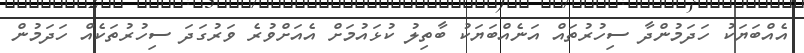
އެއްބަޔަކު ހަދަމުންދާ ސިހުރުތައް އަނެއްބަޔަކު ބާތިލު ކުޅައުމަށް އެއަށްވުރެ ވަރުގަދަ ސިހުރުތަކެއް ހަދަމުން